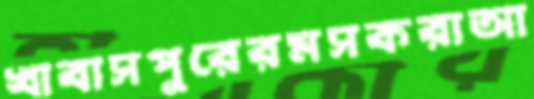
খাবাসপুরেরমসকরাআ